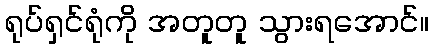
ရုပ်ရှင်ရုံကို အတူတူ သွားရအောင်။